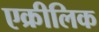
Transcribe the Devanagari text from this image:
एक्रीलिक